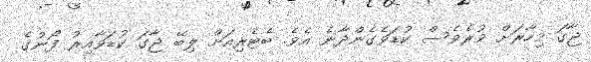
ޖާގަ މިހާރަށް ވުރެވެސް ކުޑަވެގެންދާނެ އެވެ. ބެޓެރިއަށް ލިބޭ ޖާގަ ކުޑަވާއިރު ފޯނުގެ